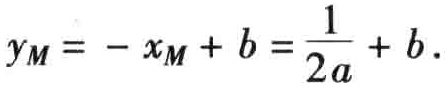
\(y_M=-x_M + b=\frac{1}{2a}+b.\)